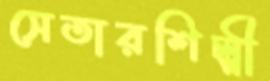
সেতারশিল্পী